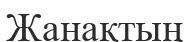
Жанақтың